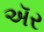
ઍર